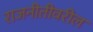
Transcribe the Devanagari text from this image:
राजनीतीवरील